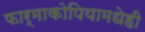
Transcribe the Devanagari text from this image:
फार्माकोपियामधेही